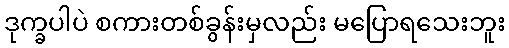
ဒုက္ခပါပဲ စကားတစ်ခွန်းမှလည်း မပြောရသေးဘူး